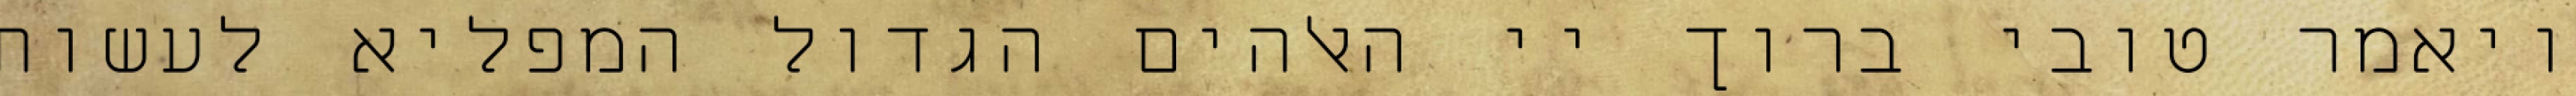
ויאמר טובי ברוך יי האלהים הגדול המפליא לעשות